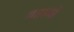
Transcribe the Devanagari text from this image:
बहानो